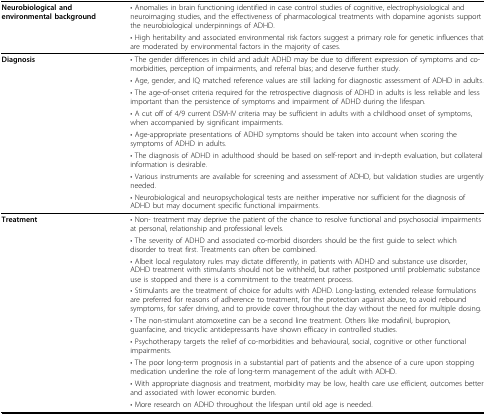
<table><thead><tr><td><b>Neurobiological and environmental background</b></td><td><b>• Anomalies in brain functioning identified in case control studies of cognitive, electrophysiological and neuroimaging studies, and the effectiveness of pharmacological treatments with dopamine agonists support the neurobiological underpinnings of ADHD.</b></td></tr><tr><td></td><td><b>• High heritability and associated environmental risk factors suggest a primary role for genetic influences that are moderated by environmental factors in the majority of cases.</b></td></tr></thead><tbody><tr><td><b>Diagnosis</b></td><td>• The gender differences in child and adult ADHD may be due to different expression of symptoms and co-morbidities, perception of impairments, and referral bias; and deserve further study.</td></tr><tr><td></td><td>• Age, gender, and IQ matched reference values are still lacking for diagnostic assessment of ADHD in adults.</td></tr><tr><td></td><td>• The age-of-onset criteria required for the retrospective diagnosis of ADHD in adults is less reliable and less important than the persistence of symptoms and impairment of ADHD during the lifespan.</td></tr><tr><td></td><td>• A cut off of 4/9 current DSM-IV criteria may be sufficient in adults with a childhood onset of symptoms, when accompanied by significant impairments.</td></tr><tr><td></td><td>• Age-appropriate presentations of ADHD symptoms should be taken into account when scoring the symptoms of ADHD in adults.</td></tr><tr><td></td><td>• The diagnosis of ADHD in adulthood should be based on self-report and in-depth evaluation, but collateral information is desirable.</td></tr><tr><td></td><td>• Various instruments are available for screening and assessment of ADHD, but validation studies are urgently needed.</td></tr><tr><td></td><td>• Neurobiological and neuropsychological tests are neither imperative nor sufficient for the diagnosis of ADHD but may document specific functional impairments.</td></tr><tr><td><b>Treatment</b></td><td>• Non- treatment may deprive the patient of the chance to resolve functional and psychosocial impairments at personal, relationship and professional levels.</td></tr><tr><td></td><td>• The severity of ADHD and associated co-morbid disorders should be the first guide to select which disorder to treat first. Treatments can often be combined.</td></tr><tr><td></td><td>• Albeit local regulatory rules may dictate differently, in patients with ADHD and substance use disorder, ADHD treatment with stimulants should not be withheld, but rather postponed until problematic substance use is stopped and there is a commitment to the treatment process.</td></tr><tr><td></td><td>• Stimulants are the treatment of choice for adults with ADHD. Long-lasting, extended release formulations are preferred for reasons of adherence to treatment, for the protection against abuse, to avoid rebound symptoms, for safer driving, and to provide cover throughout the day without the need for multiple dosing.</td></tr><tr><td></td><td>• The non-stimulant atomoxetine can be a second line treatment. Others like modafinil, bupropion, guanfacine, and tricyclic antidepressants have shown efficacy in controlled studies.</td></tr><tr><td></td><td>• Psychotherapy targets the relief of co-morbidities and behavioural, social, cognitive or other functional impairments.</td></tr><tr><td></td><td>• The poor long-term prognosis in a substantial part of patients and the absence of a cure upon stopping medication underline the role of long-term management of the adult with ADHD.</td></tr><tr><td></td><td>• With appropriate diagnosis and treatment, morbidity may be low, health care use efficient, outcomes better and associated with lower economic burden.</td></tr><tr><td></td><td>• More research on ADHD throughout the lifespan until old age is needed.</td></tr></tbody></table>